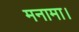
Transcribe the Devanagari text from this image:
मनामा।